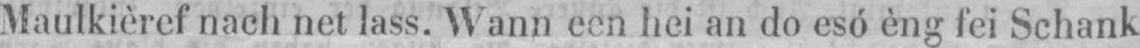
Maulkièref nach net lass. Wann een hei an do esó èng fei Schank